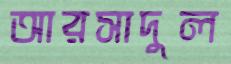
আরসাদুল